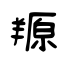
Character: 羱